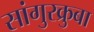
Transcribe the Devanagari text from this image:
सांगुरक्रुबा